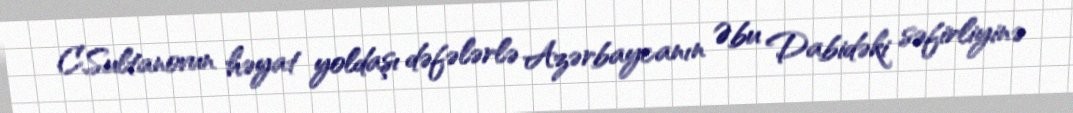
C.Sultanovun həyat yoldaşı dəfələrlə Azərbaycanın Əbu Dabidəki səfirliyinə